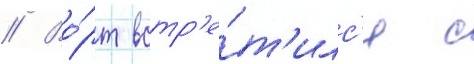
// Во́рт встр'е́т'илс'я с